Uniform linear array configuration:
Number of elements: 12
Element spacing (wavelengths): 0.75
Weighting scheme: exponential
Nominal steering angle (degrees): -15
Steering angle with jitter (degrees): -16.091
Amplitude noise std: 0.05
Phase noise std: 0.05

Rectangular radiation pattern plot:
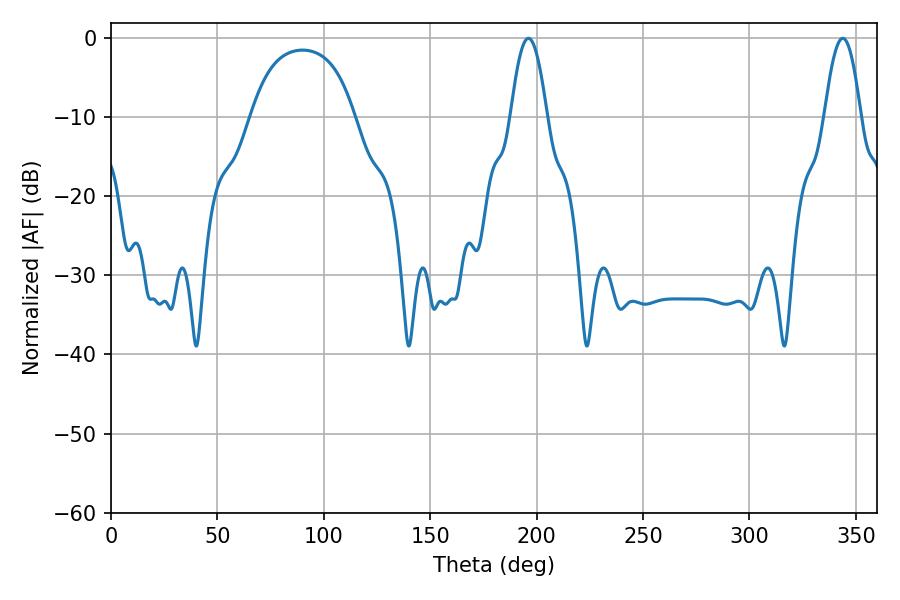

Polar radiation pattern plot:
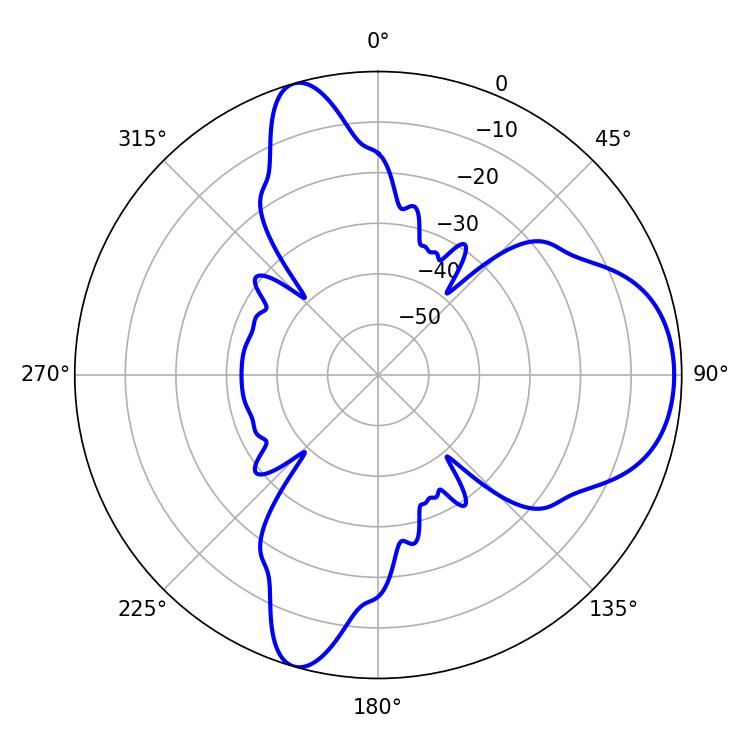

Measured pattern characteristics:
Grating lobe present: TRUE
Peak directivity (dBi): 8.107
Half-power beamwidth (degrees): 9.36
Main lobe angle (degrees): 196.2